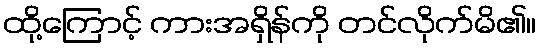
ထို့ကြောင့် ကားအရှိန်ကို တင်လိုက်မိ၏။